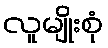
လူမျိုးစုံ